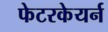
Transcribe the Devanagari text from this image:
फेटरकेयर्न